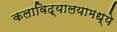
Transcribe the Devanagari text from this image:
कलाविद्यालयामध्ये